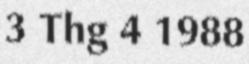
3 Thg 4 1988